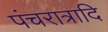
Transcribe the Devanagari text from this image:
पंचरात्रादि